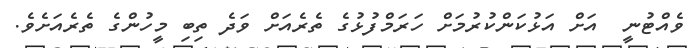
ވެއްޓުނީ  އަށް އަޅުކަންކުރުމަށް ހަރަމްފުޅުގެ ތެރެއަށް ވަދެ ތިބި މީހުންގެ ތެރެއަށެވެ.